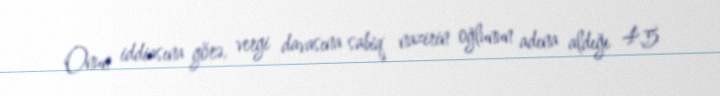
Onun iddiasına görə, vergi davasına sabiq nazirin oğlunun adına aldığı 4.5